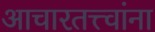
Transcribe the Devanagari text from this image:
आचारतत्त्वांना